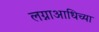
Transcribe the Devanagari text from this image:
लग्नाआधिच्या